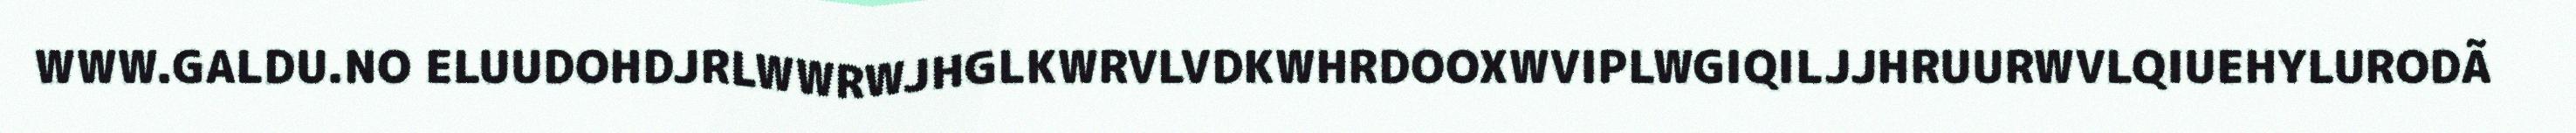
WWW.GALDU.NO ELUUDOHDJRLWWRWJHGLKWRVLVDKWHRDOOXWVIPLWGIQILJJHRUURWVLQIUEHYLURODÃ